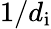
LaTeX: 1/d_{\mathrm{i}}